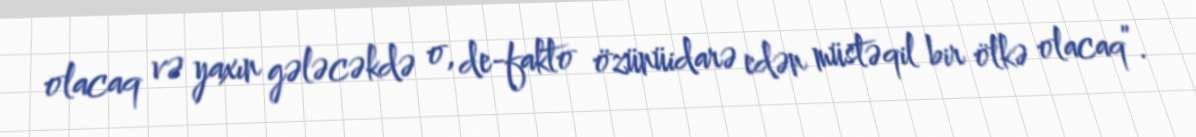
olacaq və yaxın gələcəkdə o, de-fakto özünüidarə edən müstəqil bir ölkə olacaq”.